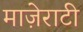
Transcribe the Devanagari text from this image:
माज़ेराटी